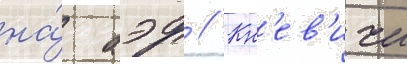
на́ аэр // Кн'ев'ичи